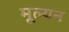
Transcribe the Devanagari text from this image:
मूल्‍यन